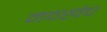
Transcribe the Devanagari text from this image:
नवखेच